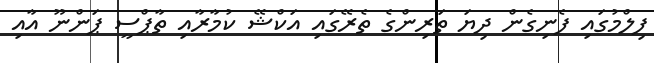
ފިލްމުގައި ފެނިގެން ދިޔަ ތަރިންގެ ތެރޭގައި އަކްޝޭ ކުމާރާއި ތާޕްސީ ޕަންނޫ އާއި